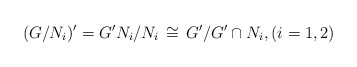
\begin{align*}(G/N_i)' = G' N_i/N_i\, \cong \,G'/ G' \cap N_i,(i = 1, 2)\end{align*}